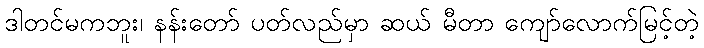
ဒါတင်မကဘူး၊ နန်းတော် ပတ်လည်မှာ ဆယ် မီတာ ကျော်လောက်မြင့်တဲ့